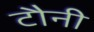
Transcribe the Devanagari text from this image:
टौनी